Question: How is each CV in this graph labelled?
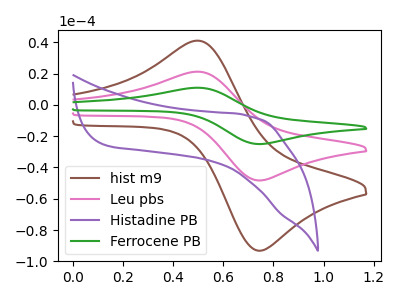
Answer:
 <answer>The brown curve is labeled "hist m9". The pink curve is labeled "Leu pbs". The purple curve is labeled "Histadine PB". The green curve is labeled "Ferrocene PB".</answer>
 <eval></eval>